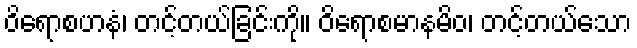
ဝိရောစဟနံ၊ တင့်တယ်ခြင်းကို။ ဝိရောစမာနမိဝ၊ တင့်တယ်သော